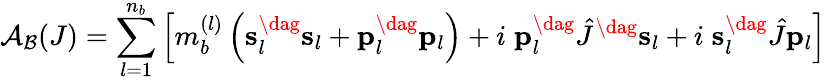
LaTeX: {\mathcal{A}}_{\mathcal{B}}(J)=\sum_{l=1}^{n_{b}}\left[m_{b}^{(l)}\left({\mathbf{s}}_{l}^{\dag}{\mathbf{s}}_{l}+{\mathbf{p}}_{l}^{\dag}{\mathbf{p}}_{l}\right)+i\; {\mathbf{p}}_{l}^{\dag}\hat{J}^{\dag}{\mathbf{s}}_{l}+i\; {\mathbf{s}}_{l}^{\dag}\hat{J}{\mathbf p}_{l}\right]